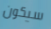
سيكون